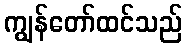
ကျွန်တော်ထင်သည်